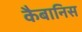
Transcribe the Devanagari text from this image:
कैबानिस